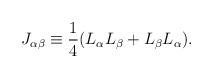
LaTeX: \begin{align*}J_{\alpha\beta}\equiv \frac{1}{4}(L_{\alpha}L_{\beta}+L_{\beta}L_{\alpha}).\end{align*}